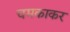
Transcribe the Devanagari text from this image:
चमकाकर